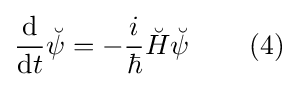
{\frac {\mathrm {d} }{\mathrm {d} t}}{\breve {\psi }}=-{\frac {i}{\hbar }}{\breve {H}}{\breve {\psi }}\quad \quad \left(4\right)